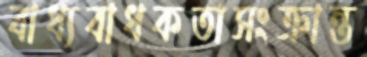
বাধ্যবাধকতাসংক্রান্ত